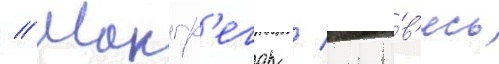
// Макгр'егор / гото́в'ясь